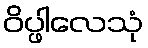
ဝိပ္ဖါလေသုံ